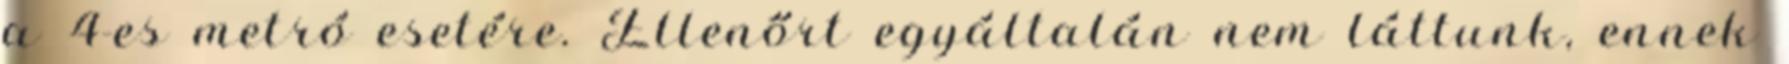
a 4-es metró esetére. Ellenőrt egyáltalán nem láttunk, ennek